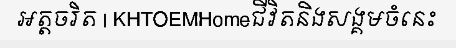
អត្តចរិត | KHTOEMHomeជីវិតនិងសង្គមចំនេះ